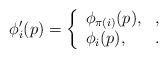
LaTeX: \begin{align*}\phi'_i(p)= \left\{ \begin{array}{ll} \phi_{\pi(i)} (p), & , \\ \phi_i (p), &. \end{array} \right.\end{align*}